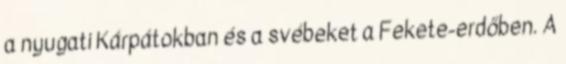
a nyugati Kárpátokban és a svébeket a Fekete-erdőben. A